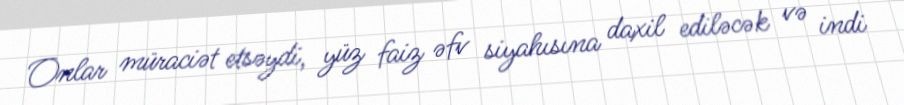
Onlar müraciət etsəydi, yüz faiz əfv siyahısına daxil ediləcək və indi